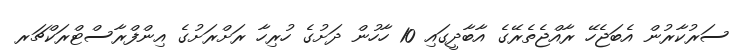
ސަރުކާރުން އެބަޖެހޭ ރާއްޖެތެރޭގެ އާބާދީގައި 10 ހާހުން ދަށުގެ ހުރިހާ ރަށްރަށުގެ އިންފްރާސްޓްރަކްޗަރ